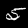
Label: 5